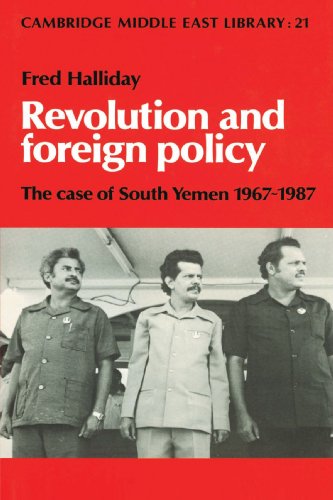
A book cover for Revolution and Foreign Policy: The Case of South Yemen, 1967-1987 (Cambridge Middle East Library); Fred Halliday; History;